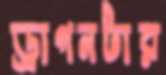
ড্রাগনটার